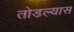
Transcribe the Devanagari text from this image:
तोडल्यास